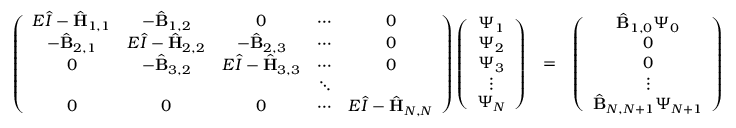
\begin{array} { r l r } { \left( \begin{array} { c c c c c } { E \hat { I } - \hat { { \mathbf { H } } } _ { 1 , 1 } } & { - \hat { { \mathbf { B } } } _ { 1 , 2 } } & { 0 } & { \cdots } & { 0 } \\ { - \hat { { \mathbf { B } } } _ { 2 , 1 } } & { E \hat { I } - \hat { { \mathbf { H } } } _ { 2 , 2 } } & { - \hat { { \mathbf { B } } } _ { 2 , 3 } } & { \cdots } & { 0 } \\ { 0 } & { - \hat { { \mathbf { B } } } _ { 3 , 2 } } & { E \hat { I } - \hat { { \mathbf { H } } } _ { 3 , 3 } } & { \cdots } & { 0 } \\ & & & { \ddots } & \\ { 0 } & { 0 } & { 0 } & { \cdots } & { E \hat { I } - \hat { \mathbf { H } } _ { N , N } } \end{array} \right) \left( \begin{array} { c } { \Psi _ { 1 } } \\ { \Psi _ { 2 } } \\ { \Psi _ { 3 } } \\ { \vdots } \\ { \Psi _ { N } } \end{array} \right) } & { = } & { \left( \begin{array} { c } { \hat { \mathbf { B } } _ { 1 , 0 } \Psi _ { 0 } } \\ { 0 } \\ { 0 } \\ { \vdots } \\ { \hat { \mathbf { B } } _ { N , N + 1 } \Psi _ { N + 1 } } \end{array} \right) } \end{array}